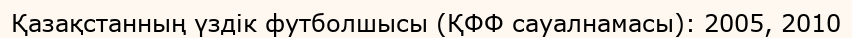
Қазақстанның үздік футболшысы (ҚФФ сауалнамасы): 2005, 2010